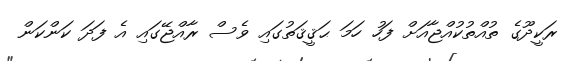
ރަކީދޫގެ ތުއްތުކުއްޖާއަށް ފަހު ހަމަ ޙަޤީޤަތުގައި ވެސް ރާއްޖޭގައި އެ ފަދަ ކަންކަން